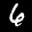
Label: 6